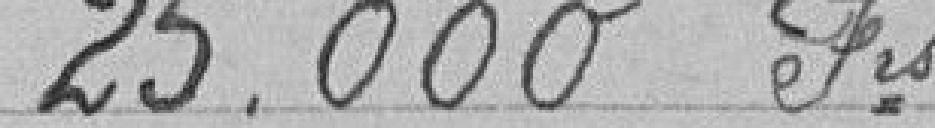
25.000 Frs